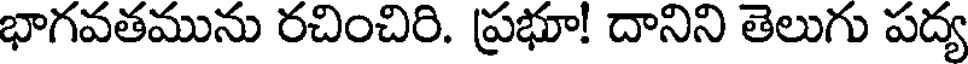
భాగవతమును రచించిరి. ప్రభూ! దానిని తెలుగు పద్య